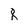
Character: 8